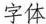
字体